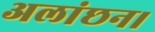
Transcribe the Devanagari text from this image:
अलांछन।